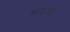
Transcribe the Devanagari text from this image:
मंदशी